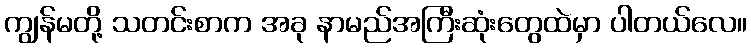
ကျွန်မတို့ သတင်းစာက အခု နာမည်အကြီးဆုံးတွေထဲမှာ ပါတယ်လေ။